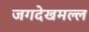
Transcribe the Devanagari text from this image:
जगदेखमल्ल